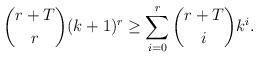
LaTeX: \begin{align*} \binom {r+T} {r}(k+1)^{r} \geq \sum^{r}_{i=0}\binom{r+T}{i}k^i.\end{align*}